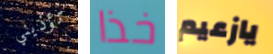
تؤذيني خذا يازعيم